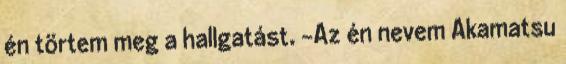
én törtem meg a hallgatást. -Az én nevem Akamatsu